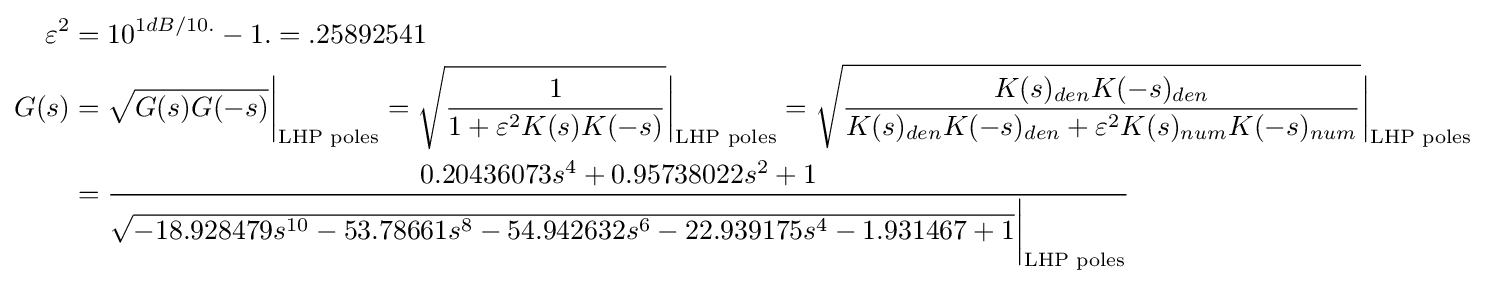
{\begin{aligned}\varepsilon ^{2}&=10^{1dB/10.}-1.=.25892541\\G(s)&={\sqrt {G(s)G(-s)}}{\bigg |}_{\text{LHP poles}}={\sqrt {\frac {1}{1+\varepsilon ^{2}K(s)K(-s)}}}{\bigg |}_{\text{LHP poles}}={\sqrt {\frac {K(s)_{den}K(-s)_{den}}{K(s)_{den}K(-s)_{den}+\varepsilon ^{2}K(s)_{num}K(-s)_{num}}}}{\bigg |}_{\text{LHP poles}}\\&={\frac {0.20436073s^{4}+0.95738022s^{2}+1}{{\sqrt {-18.928479s^{10}-53.78661s^{8}-54.942632s^{6}-22.939175s^{4}-1.931467+1}}{\bigg |}_{\text{LHP poles}}}}\\\end{aligned}}